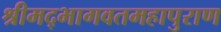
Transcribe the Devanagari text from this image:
श्रीमद्भागवतमहापुराण